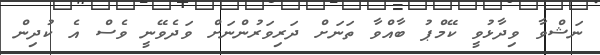
ނަޝްވާ ވިދާޅުވީ ކޭމްޕު ބާއްވާ ތަނަށް ދަރިވަރުންނަށް ވަދެވޭނީ ވެސް އެ ކުދިން